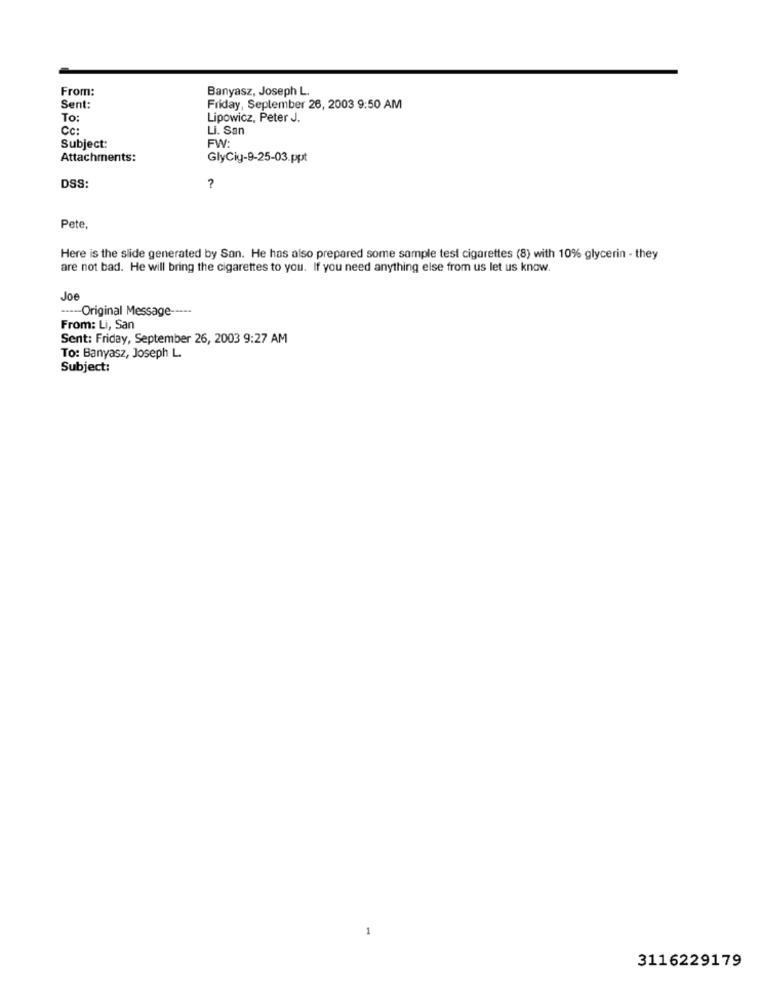
From:
Banyasz, Joseph L.
Sent:
Friday, September 26, 2003 9:50 AM
To:
Lipowicz, Peter J.
Cc:
Li. San
Subject:
FW:
Attachments:
GlyCig-9-25-03.ppt
DSS:
Pete,
Here is the slide generated by San. He has also prepared some sample test cigarettes (8) with 10% glycerin - they
are not bad. He will bring the cigarettes to you. If you need anything else from us let us know.
Joe
----- Original Message -----
From: Li, San
Sent: Friday, September 26, 2003 9:27 AM
To: Banyasz, Joseph L.
Subject:
3116229179